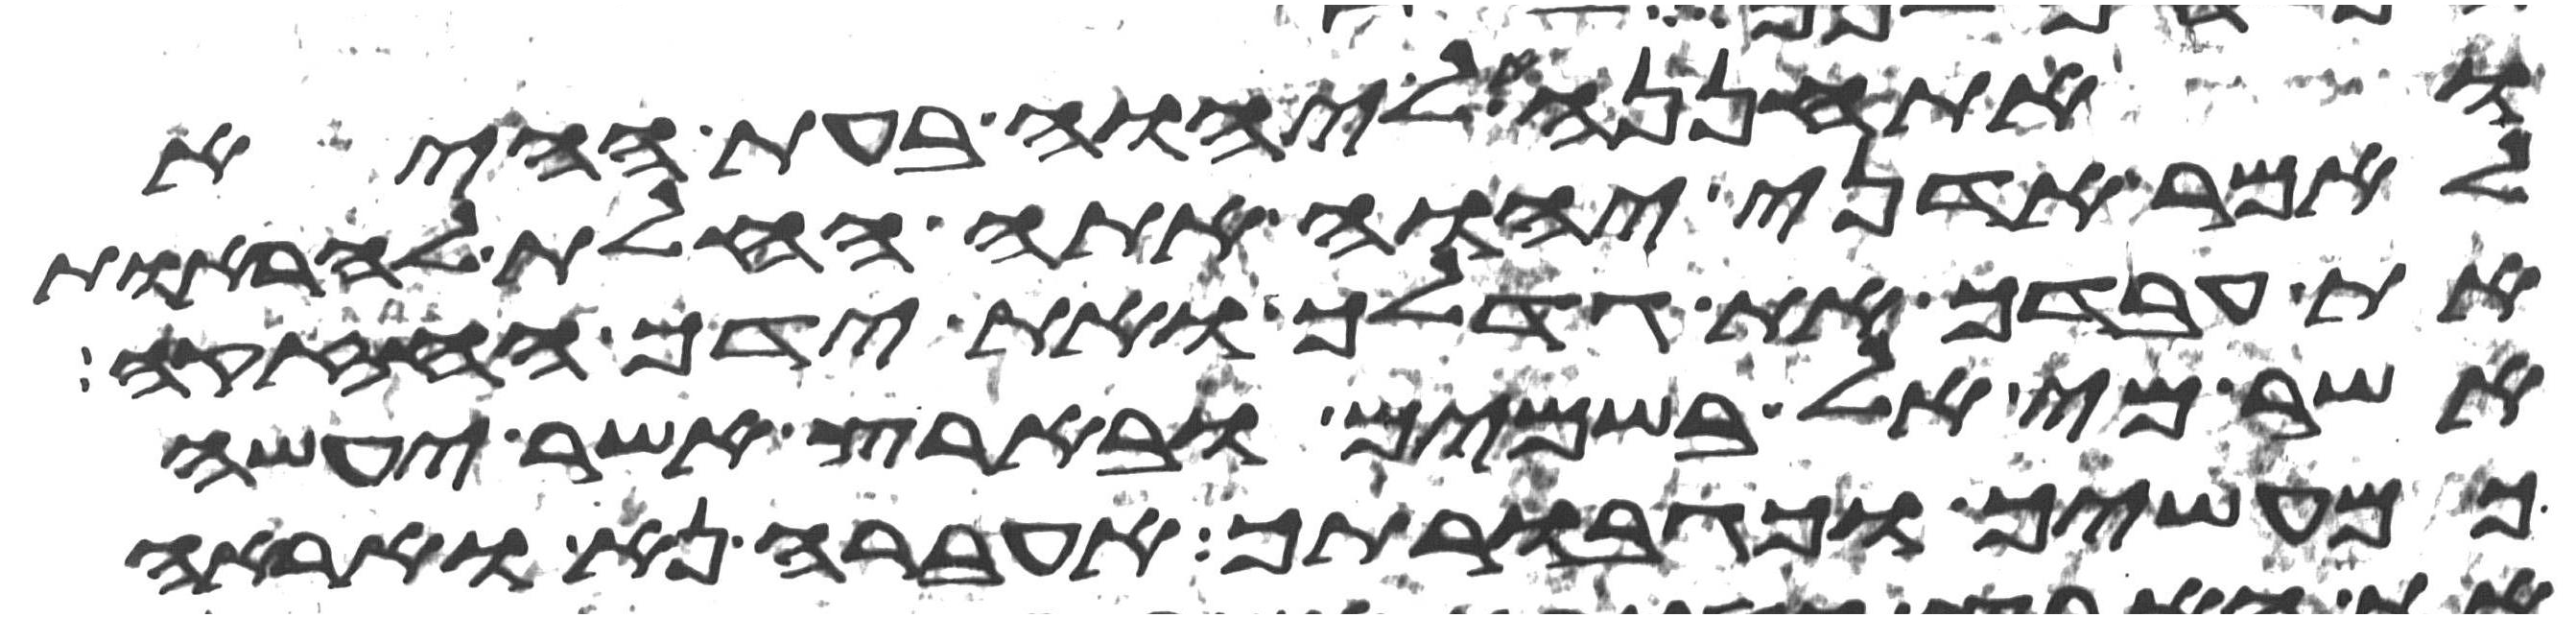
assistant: ואתחננה אל יהוה בעת ההיא
לאמר אדני יהוה אתה החלת להראות
את עבדך את גדלך ואת ידך החזקה
אשר מי אל בשמים ובארץ אשר יעשה
כמעשיך וכגבורתיך אעבר נא ואראה